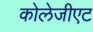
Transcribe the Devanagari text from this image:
कोलेजीएट